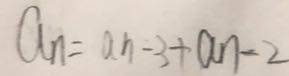
a _ { n } = a n - 3 + a n - 2